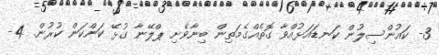
3- ކައުންސިލުން ކަނޑައަޅުއްވާ ގޮތެއްގެމަތިން ބިނާވެށި ޕްލޭނާ ގުޅޭ ކަންކަން ކުރުން. 4-